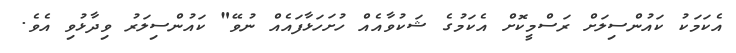
އެކަމަކު ކައުންސިލަށް ރަސްމީކޮށް އެކަމުގެ ޝަކުވާއެއް ހުށަހަޅާފައެއް ނުވޭ" ކައުންސިލަރު ވިދާޅުވި އެވެ.